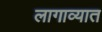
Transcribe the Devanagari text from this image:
लागाव्यात